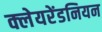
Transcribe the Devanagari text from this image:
क्लेयरेंडनियन